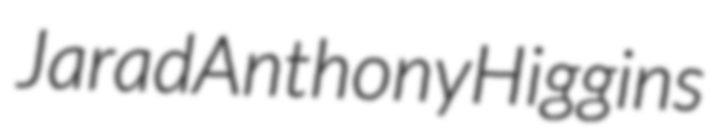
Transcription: Jarad Anthony Higgins